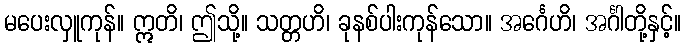
မပေးလှူကုန်။ ဣတိ၊ ဤသို့။ သတ္တဟိ၊ ခုနစ်ပါးကုန်သော။ အင်္ဂေဟိ၊ အင်္ဂါတို့နှင့်။